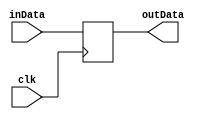
//
//
//  8-bit Register to store freq, x, tr variables values
//  Made by. Saad Al-Jehani [1935151] 
//  Feb 11th, 2023
//
//

    module register
	(input   [7:0] inData,
	 output reg  [7:0] outData,
    input clk);
	 
    always @(posedge clk)
    begin
		outData = inData;  
    end  
endmodule